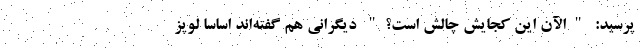
پرسید: "الآن این کجایش چالش است؟" دیگرانی هم گفته‌اند اساساً لوپز